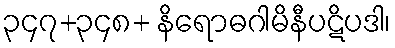
၃၄၇+၃၄၈+ နိရောဓဂါမိနီပဋိပဒါ၊